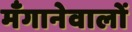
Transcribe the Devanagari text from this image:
मँगानेवालों